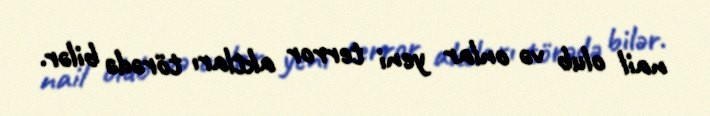
nail olub və onlar yeni terror aktları törədə bilər.